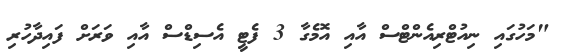
"މަހުގައި ނިއުޓްރިއެންޓްސް އާއި އޮމެގާ 3 ފެޓީ އެސިޑްސް އާއި ވަރަށް ފައިދާހުރި